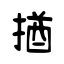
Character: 揂